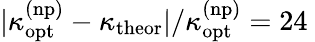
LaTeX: |\kappa_{\mathrm{opt}}^{\mathrm{(np)}}-\kappa_{\mathrm{theor}}|/\kappa_{\mathrm{opt}}^{\mathrm{(np)}}=24\